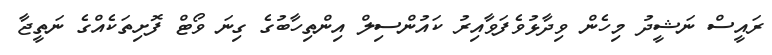
ރައީސް ނަޝީދު މިހެން ވިދާޅުވެފަވާއިރު ކައުންސިލް އިންތިހާބުގެ ގިނަ ވޯޓް ފޮށިތަކެއްގެ ނަތީޖާ